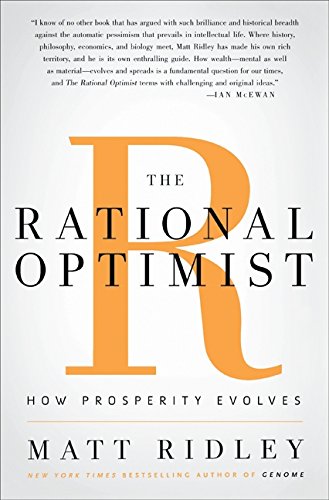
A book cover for The Rational Optimist: How Prosperity Evolves; Matt Ridley; Business & Money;